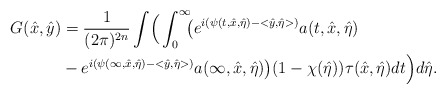
\begin{align*} G(\hat x,\hat y) &= \frac{1}{(2\pi)^{2n}}\int\Bigr(\int^{\infty}_0\!\!\bigr(e^{i(\psi(t,\hat x,\hat\eta)-<\hat y,\hat\eta>)}a(t,\hat x,\hat\eta) \\ &-e^{i(\psi(\infty,\hat x,\hat\eta)-<\hat y,\hat\eta>)}a(\infty,\hat x,\hat\eta)\bigr)(1-\chi(\hat\eta))\tau(\hat x,\hat\eta)dt\Bigr)d\hat\eta.\end{align*}